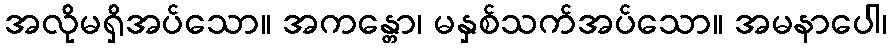
အလိုမရှိအပ်သော။ အကန္တော၊ မနှစ်သက်အပ်သော။ အမနာပေါ၊